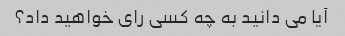
آیا می دانید به چه کسی رای خواهید داد؟